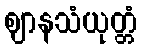
ဈာနသံယုတ္တံ